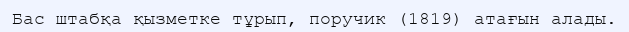
Бас штабқа қызметке тұрып, поручик (1819) атағын алады.